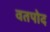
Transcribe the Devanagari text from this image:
वतपोद